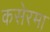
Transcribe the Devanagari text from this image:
कसेरमा